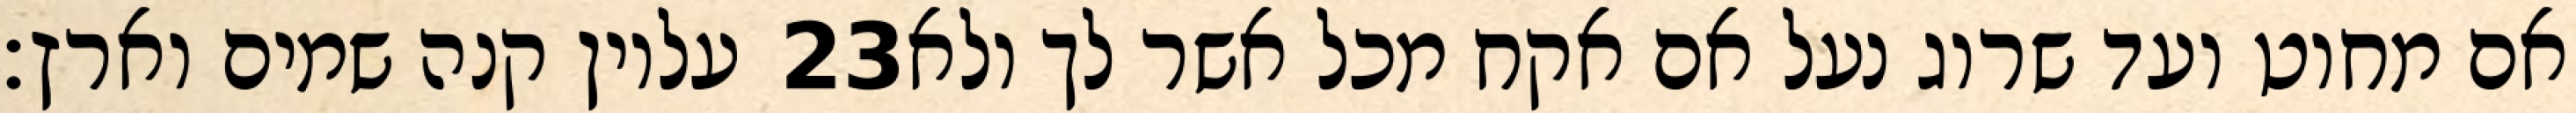
עליון קנה שמים וארץ׃ ‎23‏ אם מחוט ועד שרוג נעל אם אקח מכל אשר לך ולא